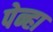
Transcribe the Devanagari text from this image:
पेन्हा